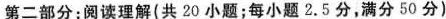
第二部分:阅读理解{共 20 小题;每小题 2.5 分,满分 50 分)